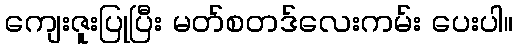
ကျေးဇူးပြုပြီး မတ်စတဒ်လေးကမ်း ပေးပါ။